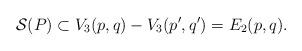
LaTeX: \begin{align*}{\cal S}(P) \subset V_3(p,q)-V_3(p',q') = E_2(p,q).\end{align*}